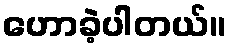
ဟောခဲ့ပါတယ်။